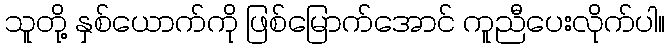
သူတို့ နှစ်ယောက်ကို ဖြစ်မြောက်အောင် ကူညီပေးလိုက်ပါ။